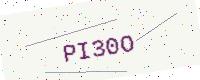
Text: PI30O